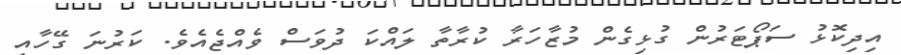
އިދިކޮޅު ސަޕޯޓަރުން ގުޅިގެން މުޒާހަރާ ކުރާތާ ލައްކަ ދުވަސް ވެއްޖެއެވެ. ކަރުނަ ގޭހާއި